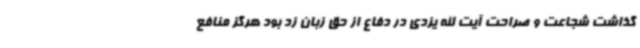
گذاشت شجاعت و صراحت آیت الله یزدی در دفاع از حق زبان زد بود هرگز منافع